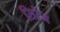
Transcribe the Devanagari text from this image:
सिरेंज